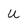
Character: U